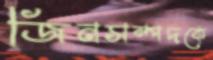
জিনসম্পদকে